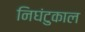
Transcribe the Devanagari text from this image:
निघंटुकाल